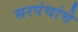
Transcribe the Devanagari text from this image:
सरपंचांचे